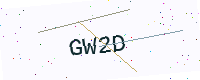
Text: GW2D